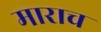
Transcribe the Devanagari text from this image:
माराच